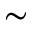
\sim